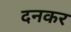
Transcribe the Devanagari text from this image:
दनकर